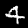
Label: 4